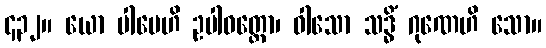
၄၃၂။ ယော ပါပေဟိ ဥပါဝတ္တော၊ ဝါသော သဒ္ဓိံ ဂုဏေဟိ သော။